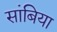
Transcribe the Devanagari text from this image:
सांबिया